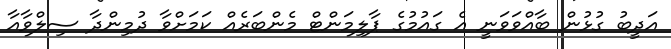
އަދީބު ގުޅުން ބާއްވަވަނީ އެ ގައުމުގެ ޕާލިމަންޓް މެންބަރެއް ކަމަށްވާ ދުމިންދާ ސިލްވާއާ